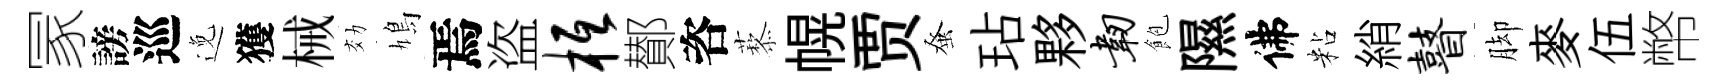
冡謗巡𨓜獲械効鳩焉盗柢鄼咨藜幌贾𫊫玷夥韧飽隰佛粘綃瞽脚麥伍幣